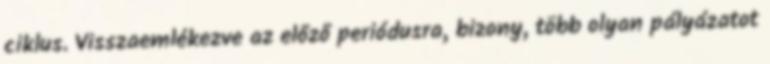
ciklus. Visszaemlékezve az előző periódusra, bizony, több olyan pályázatot